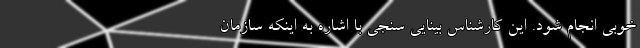
خوبی انجام شود. این کارشناس بینایی سنجی با اشاره به اینکه سازمان